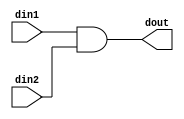
`timescale 1ns / 1ps
//////////////////////////////////////////////////////////////////////////////////
// Company: 
// Engineer: 
// 
// Design Name: 
// Module Name: and_gate
// Project Name: 
// Target Devices: 
// Tool Versions: 
// Description: 
// 
// Dependencies: 
// 
// Revision:
// Revision 0.01 - File Created
// Additional Comments:
// 
//////////////////////////////////////////////////////////////////////////////////


module and_gate

/*** PARAMETERS ***/
#(parameter
    No_param = 0
 )
 
 /*** IN/OUT ***/
(
	// IN
	input din1, din2,
	
	// OUT
	output reg dout
);

    always @(*) dout = din1 & din2;
 
 
 
endmodule